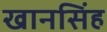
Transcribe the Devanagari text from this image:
खानसिंह